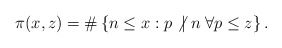
\begin{align*} \pi(x, z) = \#\left\{ n \leq x:p \not | \; n \; \forall p \leq z \right\} . \end{align*}